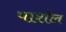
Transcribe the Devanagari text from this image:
पार्शल